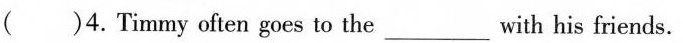
()4.Timmy often goes to the___with his friends.